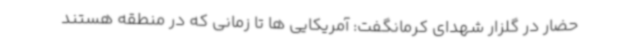
حضار در گلزار شهدای کرمانگفت: آمریکایی ها تا زمانی که در منطقه هستند